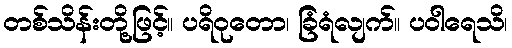
တစ်သိန်းတို့ဖြင့်။ ပရိဝုတော၊ ခြံရံလျက်။ ပဝါရေသိ၊